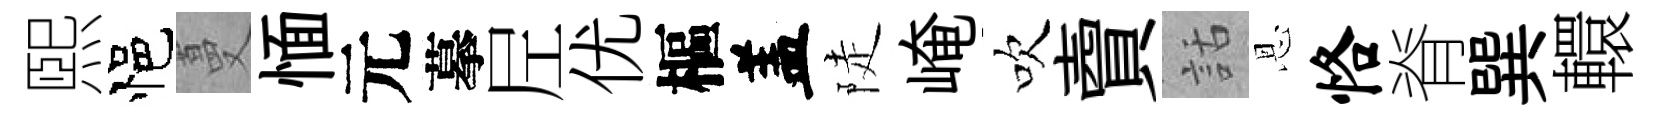
煕悒蔓愐元摹𡰱优樞盖陡崦吹𧶠話恩恪脊巽轘